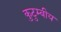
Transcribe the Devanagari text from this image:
कुटुम्बीय